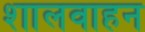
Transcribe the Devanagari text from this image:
शालवाहन